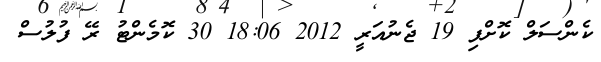
ކެންސަލް ކޮށްފި 19 ޖެނުއަރީ 2012 18:06 30 ކޮމެންޓު ރޭ ފުލުސް